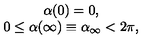
\begin{array} { c } { \alpha ( 0 ) = 0 , } \\ { 0 \leq \alpha ( \infty ) \equiv \alpha _ { \infty } < 2 \pi , } \\ \end{array}